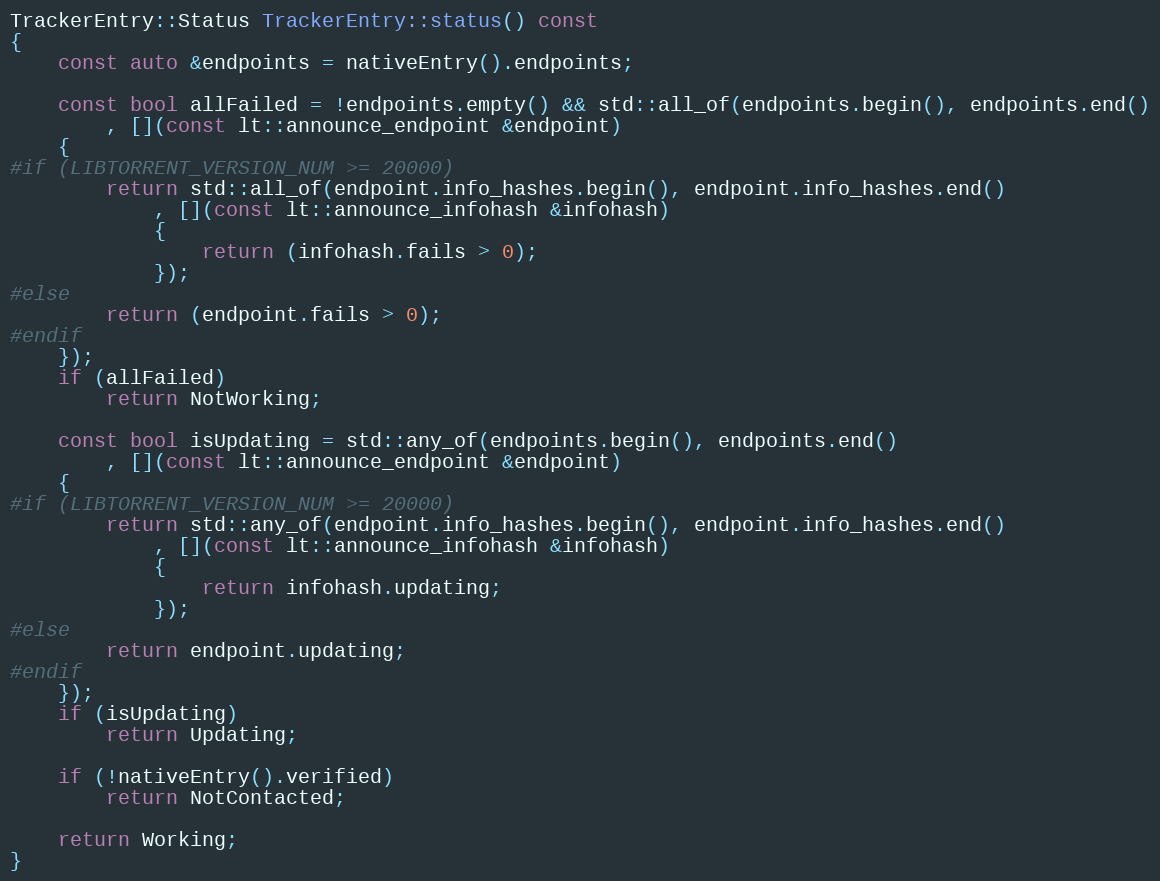
Language: C++
TrackerEntry::Status TrackerEntry::status() const
{
    const auto &endpoints = nativeEntry().endpoints;

    const bool allFailed = !endpoints.empty() && std::all_of(endpoints.begin(), endpoints.end()
        , [](const lt::announce_endpoint &endpoint)
    {
#if (LIBTORRENT_VERSION_NUM >= 20000)
        return std::all_of(endpoint.info_hashes.begin(), endpoint.info_hashes.end()
            , [](const lt::announce_infohash &infohash)
            {
                return (infohash.fails > 0);
            });
#else
        return (endpoint.fails > 0);
#endif
    });
    if (allFailed)
        return NotWorking;

    const bool isUpdating = std::any_of(endpoints.begin(), endpoints.end()
        , [](const lt::announce_endpoint &endpoint)
    {
#if (LIBTORRENT_VERSION_NUM >= 20000)
        return std::any_of(endpoint.info_hashes.begin(), endpoint.info_hashes.end()
            , [](const lt::announce_infohash &infohash)
            {
                return infohash.updating;
            });
#else
        return endpoint.updating;
#endif
    });
    if (isUpdating)
        return Updating;

    if (!nativeEntry().verified)
        return NotContacted;

    return Working;
}